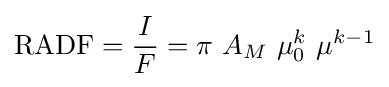
{\text{RADF}}={\frac {I}{F}}=\pi ~A_{M}~\mu _{0}^{k}~\mu ^{k-1}